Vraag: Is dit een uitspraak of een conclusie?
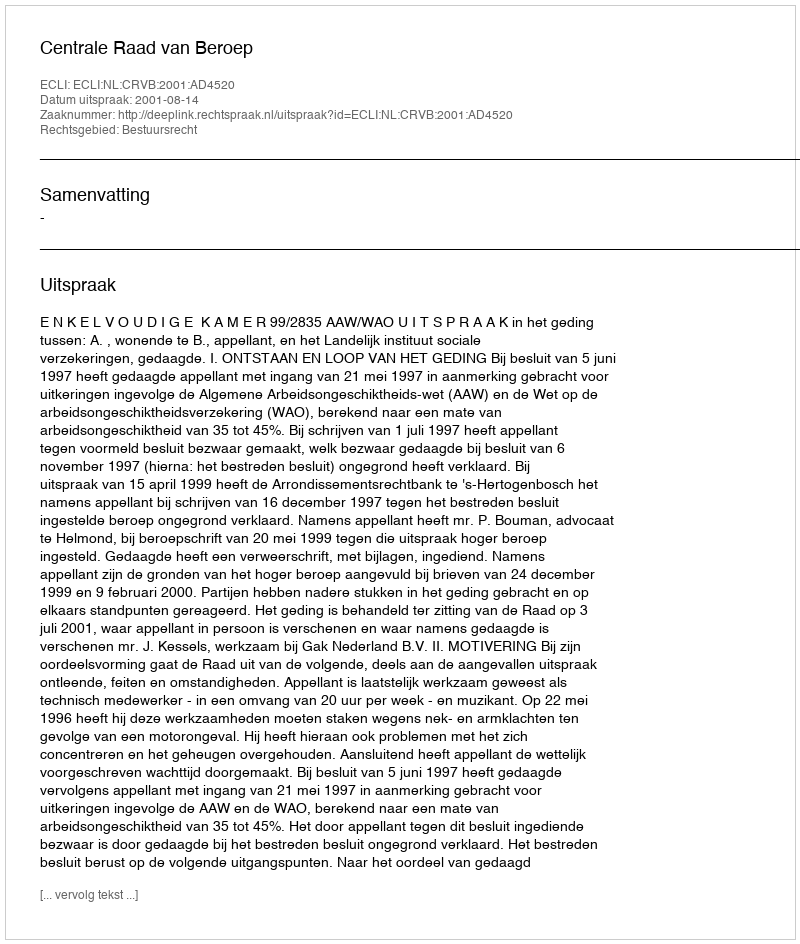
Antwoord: Uitspraak